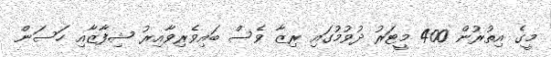
މީގެ އިތުރުން 400 މީޓަރު ދުވުމުގައި ރިޒާ ވެސް ބައިވެރިވާއިރު ޝިފާޒާއި ހަސަން